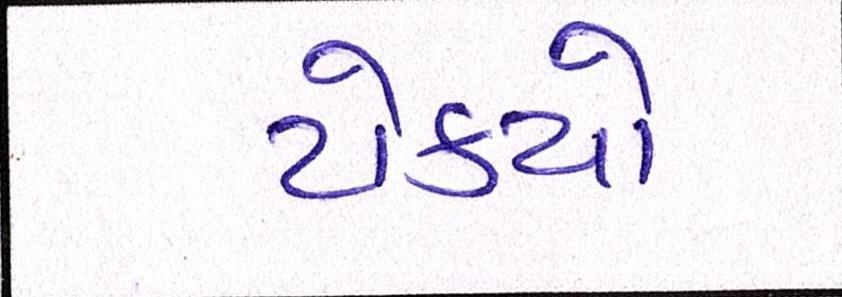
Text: ટોક્યો